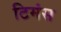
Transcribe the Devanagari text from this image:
टिमंस